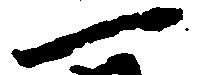
一